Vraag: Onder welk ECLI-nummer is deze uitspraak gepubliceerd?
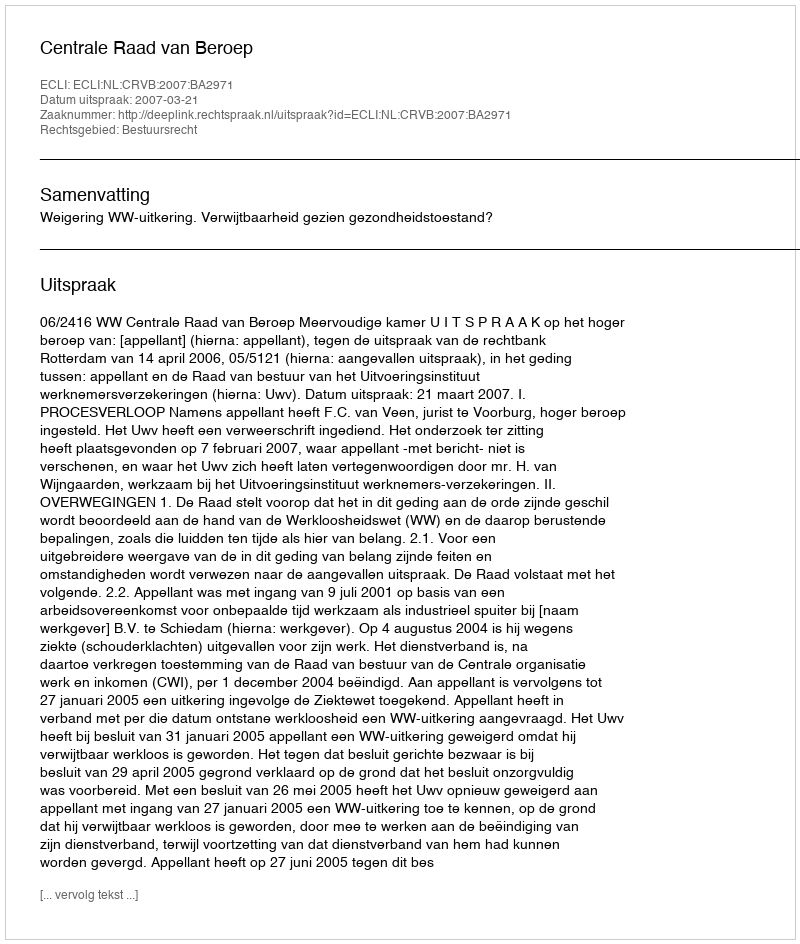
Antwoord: ECLI:NL:CRVB:2007:BA2971